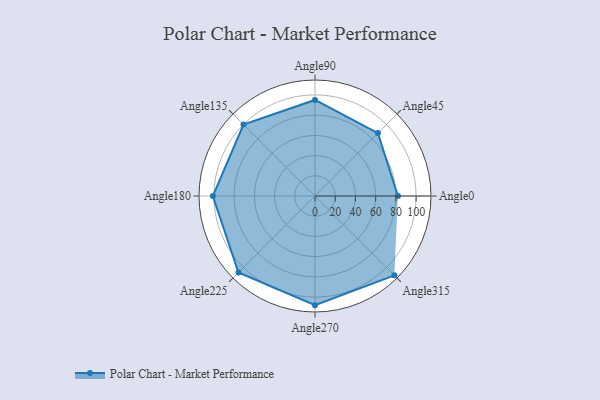
{"axis": {"x": "Angle", "y": "Radius"}, "legend": [""], "data": [{"x": "Angle0", "y": 82.0, "type": ""}, {"x": "Angle45", "y": 88.0, "type": ""}, {"x": "Angle90", "y": 95.0, "type": ""}, {"x": "Angle135", "y": 100.0, "type": ""}, {"x": "Angle180", "y": 101.0, "type": ""}, {"x": "Angle225", "y": 107.0, "type": ""}, {"x": "Angle270", "y": 108.0, "type": ""}, {"x": "Angle315", "y": 111.0, "type": ""}]}